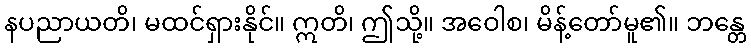
နပညာယတိ၊ မထင်ရှားနိုင်။ ဣတိ၊ ဤသို့။ အဝေါစ၊ မိန့်တော်မူ၏။ ဘန္တေ